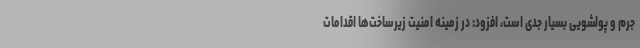
جرم و پولشویی بسیار جدی است، افزود: در زمینه امنیت زیرساخت‌ها اقدامات